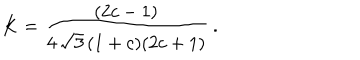
K = \frac { ( 2 c - 1 ) } { 4 \, \sqrt { 3 } \, ( 1 + c ) ( 2 c + 1 ) } \: .